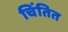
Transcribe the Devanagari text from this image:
चिंतित